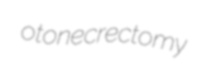
otonecrectomy